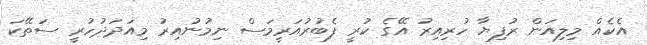
އެކެއް މިލިއަން ރުފިޔާ ހުރިއިރު އޭގެ ކުރީ ފެބުރުއަރީމަސް ނިމުނުއިރު މިއަދަދުހުރީ ސަތޭކަ